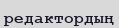
редактордың